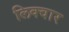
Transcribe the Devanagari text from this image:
लिक्वार